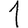
Digit: 1